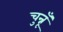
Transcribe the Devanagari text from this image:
चुन्नूँ